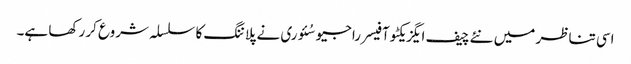
اسی تناظر میں نئے چیف ایگزیکٹو آفیسر راجیو سُئوری نے پلاننگ کا سلسلہ شروع کر رکھا ہے۔